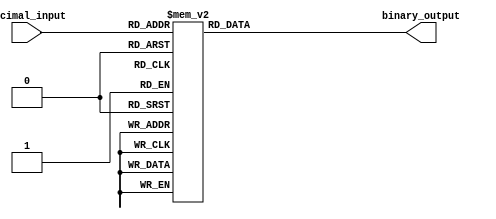
module DecimalToBinaryEncoder (
    input [3:0] decimal_input,  // 4-bit decimal input
    output reg [3:0] binary_output // 4-bit binary output
);

// Always block to monitor the decimal input
always @(*) begin
    case (decimal_input)
        4'b0000: binary_output = 4'b0000; // 0
        4'b0001: binary_output = 4'b0001; // 1
        4'b0010: binary_output = 4'b0010; // 2
        4'b0011: binary_output = 4'b0011; // 3
        4'b0100: binary_output = 4'b0100; // 4
        4'b0101: binary_output = 4'b0101; // 5
        4'b0110: binary_output = 4'b0110; // 6
        4'b0111: binary_output = 4'b0111; // 7
        4'b1000: binary_output = 4'b1000; // 8
        4'b1001: binary_output = 4'b1001; // 9
        default: binary_output = 4'b0000; // Default case for invalid input
    endcase
end

endmodule